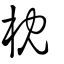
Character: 枕